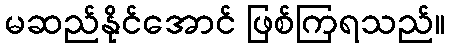
မဆည်နိုင်အောင် ဖြစ်ကြရသည်။